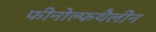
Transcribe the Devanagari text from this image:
फीनोल्फथैलीन